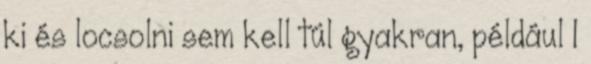
ki és locsolni sem kell túl gyakran, például 1